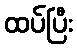
ထပ်ပြီး